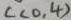
c ( 0 . 4 )